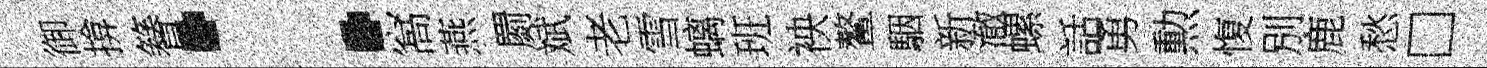
御揜簮：窩燕罽斌老雪螭班䘧鳌駰新澈螺話勇勲愎別鹿愁□